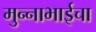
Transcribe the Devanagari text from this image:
मुन्नाभाईचा